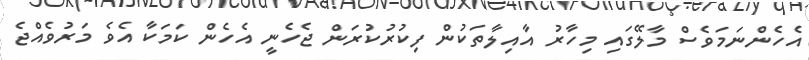
އެހެންނަމަވެސް މާލޭގައި މިހާރު އާއިލާތަކުން ފިކުރުކުރަން ޖެހެނީ އެހެން ކަމަކާ އެވެ މަރުވެއްޖެ